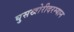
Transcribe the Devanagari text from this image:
घुसखोरीदरम्यान